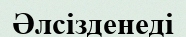
Әлсізденеді